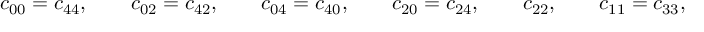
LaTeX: c _ { 0 0 } = c _ { 4 4 } , \qquad c _ { 0 2 } = c _ { 4 2 } , \qquad c _ { 0 4 } = c _ { 4 0 } , \qquad c _ { 2 0 } = c _ { 2 4 } , \qquad c _ { 2 2 } , \qquad c _ { 1 1 } = c _ { 3 3 } , \qquad c _ { 1 3 } = c _ { 3 1 } .